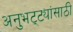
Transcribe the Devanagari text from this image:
अनुभट्ट्यांसाठी